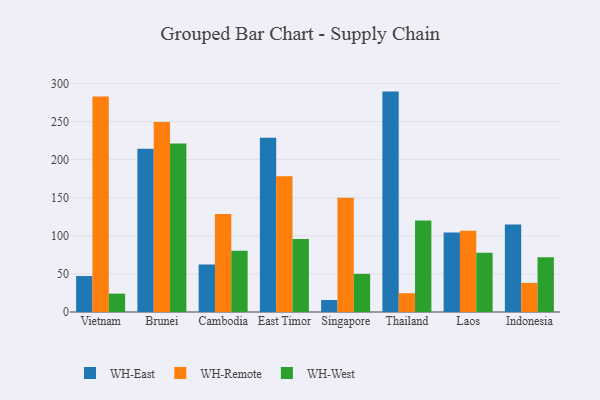
{"axis": {"x": "Country", "y": "Revenue (USD Million)"}, "legend": ["WH-East", "WH-Remote", "WH-West"], "data": [{"x": "Vietnam", "y": 47.2, "type": "WH-East"}, {"x": "Vietnam", "y": 283.1, "type": "WH-Remote"}, {"x": "Vietnam", "y": 24.1, "type": "WH-West"}, {"x": "Brunei", "y": 214.3, "type": "WH-East"}, {"x": "Brunei", "y": 249.6, "type": "WH-Remote"}, {"x": "Brunei", "y": 221.4, "type": "WH-West"}, {"x": "Cambodia", "y": 62.4, "type": "WH-East"}, {"x": "Cambodia", "y": 128.8, "type": "WH-Remote"}, {"x": "Cambodia", "y": 80.3, "type": "WH-West"}, {"x": "East Timor", "y": 228.7, "type": "WH-East"}, {"x": "East Timor", "y": 178.1, "type": "WH-Remote"}, {"x": "East Timor", "y": 95.7, "type": "WH-West"}, {"x": "Singapore", "y": 15.8, "type": "WH-East"}, {"x": "Singapore", "y": 150.1, "type": "WH-Remote"}, {"x": "Singapore", "y": 50.1, "type": "WH-West"}, {"x": "Thailand", "y": 289.4, "type": "WH-East"}, {"x": "Thailand", "y": 24.7, "type": "WH-Remote"}, {"x": "Thailand", "y": 120.3, "type": "WH-West"}, {"x": "Laos", "y": 104.5, "type": "WH-East"}, {"x": "Laos", "y": 106.6, "type": "WH-Remote"}, {"x": "Laos", "y": 77.9, "type": "WH-West"}, {"x": "Indonesia", "y": 114.9, "type": "WH-East"}, {"x": "Indonesia", "y": 38.2, "type": "WH-Remote"}, {"x": "Indonesia", "y": 71.8, "type": "WH-West"}]}